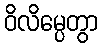
ဝိလိမ္ပေတွာ